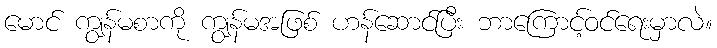
မောင် ကျွန်မစာကို ကျွန်မအဖြစ် ဟန်ဆောင်ပြီး ဘာကြောင့်ဝင်ရေးမှာလဲ။